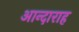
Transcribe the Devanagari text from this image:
आन्दाराह